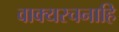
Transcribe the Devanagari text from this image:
वाक्यरचनाहि